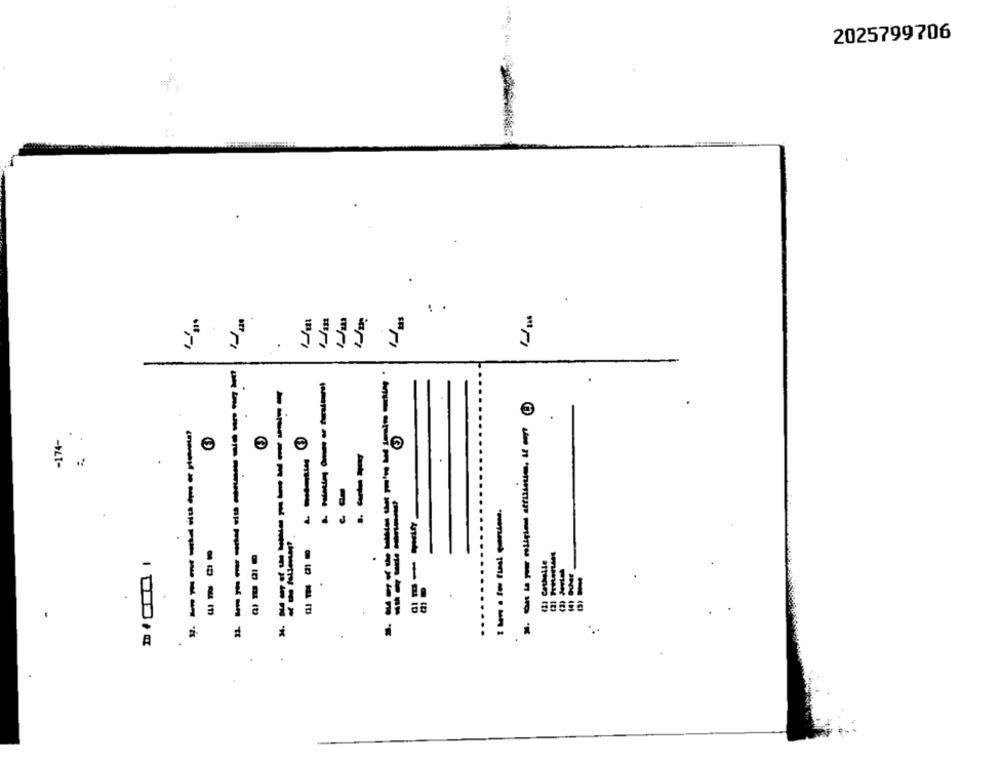
2025799706
. .
-174-
.
----
----
------------
-----------
.